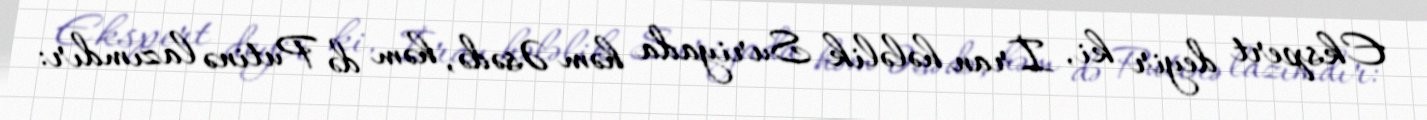
Ekspert deyir ki, İran hələlik Suriyada həm Əsədə, həm də Putinə lazımdır: